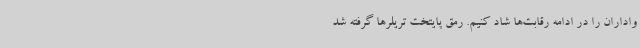
واداران را در ادامه رقابت‌ها شاد کنیم. رمق پایتخت تریلرها گرفته شد